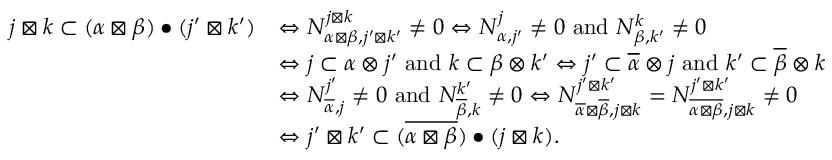
\begin{array} { r l } { j \boxtimes k \subset ( \alpha \boxtimes \beta ) \bullet ( j ^ { \prime } \boxtimes k ^ { \prime } ) } & { \Leftrightarrow N _ { \alpha \boxtimes \beta , j ^ { \prime } \boxtimes k ^ { \prime } } ^ { j \boxtimes k } \neq 0 \Leftrightarrow N _ { \alpha , j ^ { \prime } } ^ { j } \neq 0 \mathrm { ~ a n d ~ } N _ { \beta , k ^ { \prime } } ^ { k } \neq 0 } \\ & { \Leftrightarrow j \subset \alpha \otimes j ^ { \prime } \mathrm { ~ a n d ~ } k \subset \beta \otimes k ^ { \prime } \Leftrightarrow j ^ { \prime } \subset \overline { { \alpha } } \otimes j \mathrm { ~ a n d ~ } k ^ { \prime } \subset \overline { { \beta } } \otimes k } \\ & { \Leftrightarrow N _ { \overline { { \alpha } } , j } ^ { j ^ { \prime } } \neq 0 \mathrm { ~ a n d ~ } N _ { \overline { { \beta } } , k } ^ { k ^ { \prime } } \neq 0 \Leftrightarrow N _ { \overline { { \alpha } } \boxtimes \overline { { \beta } } , j \boxtimes k } ^ { j ^ { \prime } \boxtimes k ^ { \prime } } = N _ { \overline { { \alpha \boxtimes \beta } } , j \boxtimes k } ^ { j ^ { \prime } \boxtimes k ^ { \prime } } \neq 0 } \\ & { \Leftrightarrow j ^ { \prime } \boxtimes k ^ { \prime } \subset ( \overline { { \alpha \boxtimes \beta } } ) \bullet ( j \boxtimes k ) . } \end{array}